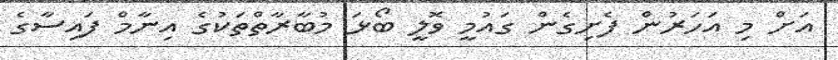
އަށް މި އަހަރުން ފެށިގެން ގައުމީ ވޮލީ ބޯޅަ މުބާރާތްތަކުގެ އިނާމް ފައިސާގެ